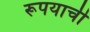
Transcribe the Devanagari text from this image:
रूपयाची